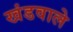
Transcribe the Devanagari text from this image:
खंडवाले